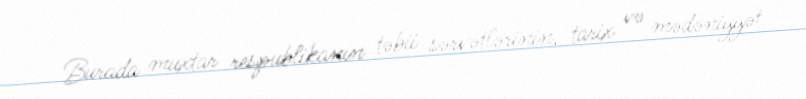
Burada muxtar respublikanın təbii sərvətlərinin, tarix və mədəniyyət